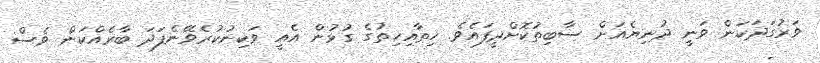
ވަރުގަދަކަން ވަނީ ދުނިޔެއަށް ސާބިތުކޮށްދީފައެވެ. ހިތާއިހިތުގެ ގުޅުން އެއީ ވަކިނުކުރެވޭނެފަދަ ބާރެއްކަން ވެސް